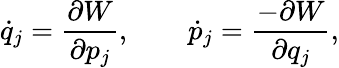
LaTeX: \dot{q}_{j}=\frac{\partial W}{\partial p_{j}},\qquad\dot{p}_{j}=\frac{-\partial W}{\partial q_{j}},